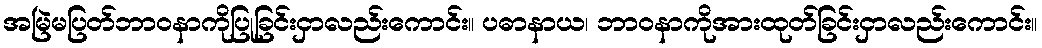
အမြဲမပြတ်ဘာဝနာကိုပြုခြင်းငှာလည်းကောင်း။ ပဓာနာယ၊ ဘာဝနာကိုအားထုတ်ခြင်းငှာလည်းကောင်း။